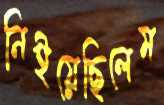
নিইয়েছিলেম